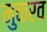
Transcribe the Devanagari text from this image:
मुकरव